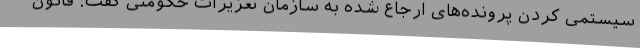
سیستمی کردن پرونده‌های ارجاع شده به سازمان تعزیرات حکومتی گفت: قانون